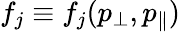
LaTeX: f_{j}\equiv f_{j}(p_{\perp},p_{\parallel})